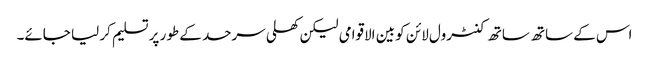
اس کے ساتھ ساتھ کنٹرول لائن کو بین الاقوامی لیکن کھلی سرحد کے طور پر تسلیم کر لیا جائے۔